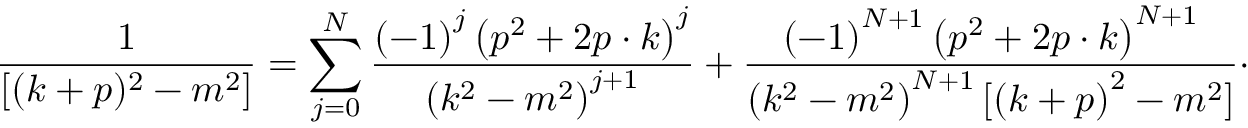
\frac { 1 } { [ ( k + p ) ^ { 2 } - m ^ { 2 } ] } = \sum _ { j = 0 } ^ { N } \frac { \left( - 1 \right) ^ { j } \left( p ^ { 2 } + 2 p \cdot k \right) ^ { j } } { \left( k ^ { 2 } - m ^ { 2 } \right) ^ { j + 1 } } + \frac { \left( - 1 \right) ^ { N + 1 } \left( p ^ { 2 } + 2 p \cdot k \right) ^ { N + 1 } } { \left( k ^ { 2 } - m ^ { 2 } \right) ^ { N + 1 } [ \left( k + p \right) ^ { 2 } - m ^ { 2 } ] } \cdot